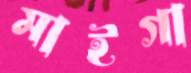
মাইগা